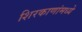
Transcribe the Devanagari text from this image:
शिरकाणांमध्ये